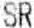
SR